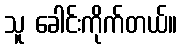
သူ ခေါင်းကိုက်တယ်။